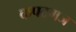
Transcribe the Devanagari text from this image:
कपटगज